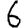
Digit: 6